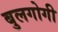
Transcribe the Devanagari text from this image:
बुलगोगी